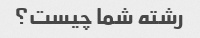
رشته شما چیست؟